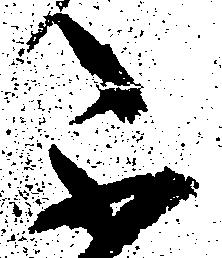
不